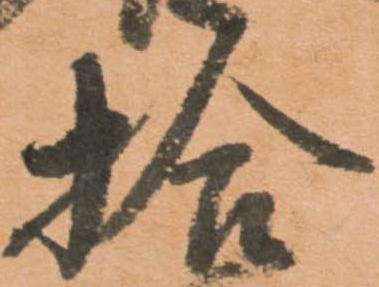
合